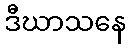
ဒီဃာသနေ